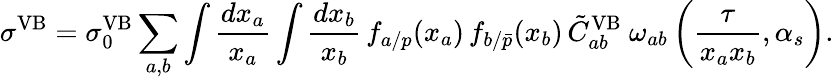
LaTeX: \sigma^{\mathrm{VB}}=\sigma_{0}^{\mathrm{VB}}\sum_{a,b}\int{\frac{dx_{a}}{x_{a}}}\int{\frac{dx_{b}}{x_{b}}}\, f_{a/p}(x_{a})\, f_{b/{\bar{p}}}(x_{b})\, \tilde{C}_{ab}^{\mathrm{VB}}~\omega_{ab}\left({\frac{\tau}{x_{a}x_{b}}},\alpha_{s}\right).